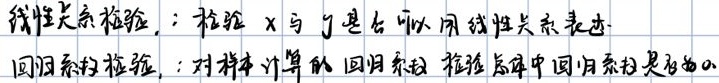
线性关系检验：检验 \(x\) 与 \(y\) 是否可以用线性关系表达。
回归系数检验：对样本计算的回归系数检验总体中回归系数是否为 \(0\)。